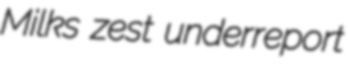
Milks zest underreport